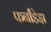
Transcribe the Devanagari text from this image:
फर्नांडेझ